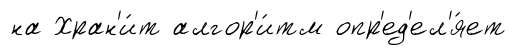
на Хран'и́т алгор'и́тм опр'ед'ел'я́ет